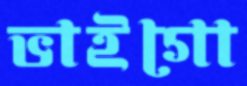
ভাইগো